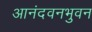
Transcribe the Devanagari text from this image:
आनंदवनभुवन